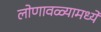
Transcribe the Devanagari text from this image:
लोणावळ्यामध्ये